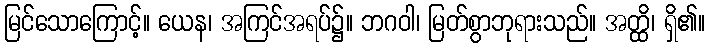
မြင်သောကြောင့်။ ယေန၊ အကြင်အရပ်၌။ ဘဂဝါ၊ မြတ်စွာဘုရားသည်။ အတ္ထိ၊ ရှိ၏။